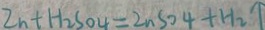
Z n + H _ { 2 } S O _ { 4 } = Z n S O 4 + H _ { 2 } \uparrow